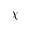
\chi